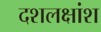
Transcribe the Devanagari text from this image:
दशलक्षांश